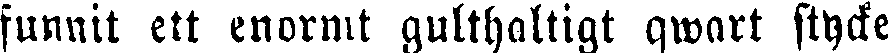
funnit ett enormt gulthaltigt qwart stycke